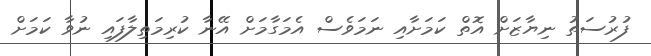
ފުރުސަތު ނިޔާޒަށް އޮތް ކަމަށާއި ނަމަވެސް އެމަގާމަށް އޭނާ ކުރިމަތިލާފައި ނުވާ ކަމަށް